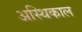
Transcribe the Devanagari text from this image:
अस्थिकाल